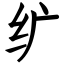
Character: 纩